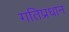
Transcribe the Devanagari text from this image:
गतिप्रधान